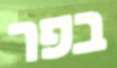
בפר